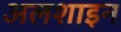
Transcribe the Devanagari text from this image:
अलशाइन